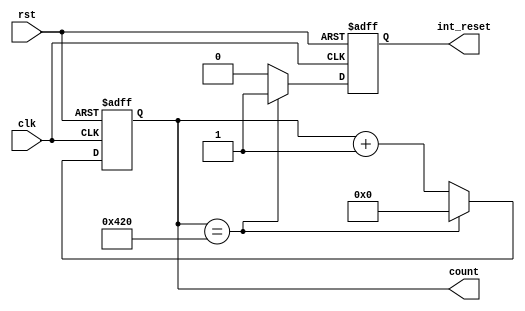
module HCounter (
  input wire clk,  // Clock signal
  input wire rst,  // Reset signal
  output reg [10:0] count,  // 11-bit counter output
  output reg int_reset
);
  always @(posedge clk or posedge rst) begin
    int_reset <= 0;
    if (rst) begin
      count <= 11'b0;  // Reset the counter to zero when rst is asserted
    end else begin
      if (count == 11'd1056) begin  // Check if the counter is at 1056
        count <= 11'b0;  // Reset the counter when it reaches 1056
        int_reset <= 1; // Reset the internal counter
      end else begin
        count <= count + 1;  // Increment the counter
      end
    end
  end
endmodule

module VCounter (
  input wire clk,  // Clock signal
  input wire rst,  // Reset signal
  output reg [9:0] count,  // 10-bit counter output
  output reg int_reset
);
  always @(posedge clk or posedge rst) begin
    int_reset <= 0;
    if (rst) begin
      count <= 10'b0;  // Reset the counter to zero when rst is asserted
    end else begin
      if (count == 10'd628) begin  // Check if the counter is at 628
        count <= 10'b0;  // Reset the counter when it reaches 628
        int_reset <= 1; // Reset the internal counter
      end else begin
        count <= count + 1;  // Increment the counter
      end
    end
  end
endmodule